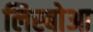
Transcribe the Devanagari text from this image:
लिस्बोआ